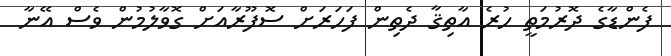
ފެންޑާގެ ދޮރުމަތީ ހުރެ އާތިޤާ ދެތިން ފަހަރަށް ސޮފޫރާއަށް ގޮވާލުމުން ވެސް އޭނާ